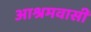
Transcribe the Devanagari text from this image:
आश्रमवासी